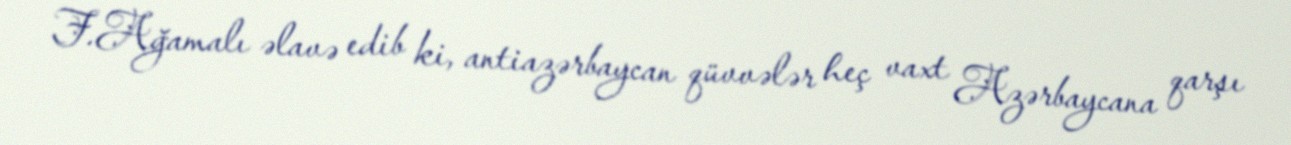
F.Ağamalı əlavə edib ki, antiazərbaycan qüvvələr heç vaxt Azərbaycana qarşı